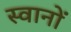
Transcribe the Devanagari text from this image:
स्वानों